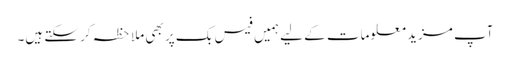
آپ مزید معلومات کے لیے ہمیں فیس بک پر بھی ملاحظہ کر سکتے ہیں۔